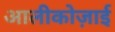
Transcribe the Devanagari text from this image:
आलीकोज़ाई